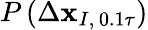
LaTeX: P\left(\Delta\mathbf{x}_{I,\, 0.1\tau}\right)